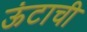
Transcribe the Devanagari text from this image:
ऊंटाची